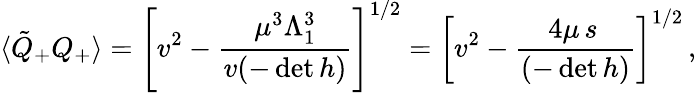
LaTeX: \langle\tilde{Q}_{+}Q_{+}\rangle=\left[v^{2}-\frac{\mu^{3}\Lambda_{1}^{3}}{v(-\operatorname*{det}h)}\right]^{1/2}=\left[v^{2}-\frac{4\mu\, s\, }{(-\operatorname*{det}h)}\right]^{1/2}\, ,